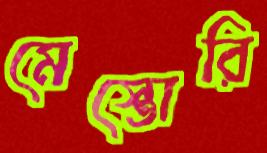
মেস্তোরি